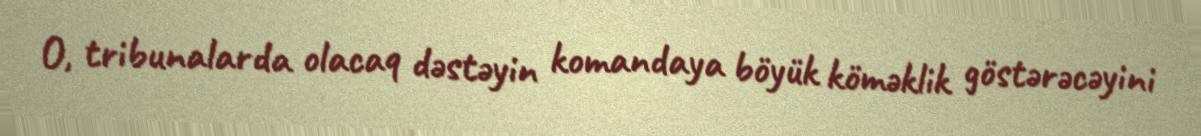
O, tribunalarda olacaq dəstəyin komandaya böyük köməklik göstərəcəyini